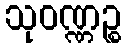
သုဝဏ္ဏဉ္စ